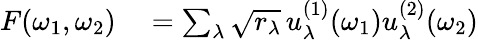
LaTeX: \begin{array}{rl}{F(\omega_{1},\omega_{2})}&{{}=\sum_{\lambda}\sqrt{r_{\lambda}}\, u_{\lambda}^{(1)}(\omega_{1})u_{\lambda}^{(2)}(\omega_{2})}\end{array}